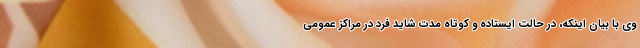
وی با بیان اینکه، در حالت ایستاده و کوتاه مدت شاید فرد در مراکز عمومی